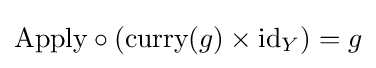
{\mbox{Apply}}\circ \left({\mbox{curry}}(g)\times {\mbox{id}}_{Y}\right)=g